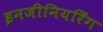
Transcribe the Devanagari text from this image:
इनजीनियरिँग